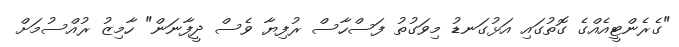
"ގެރެންޓީއެއްގެ ގޮތުގައި އަޅުގަނޑު މިވަގުތު ފަސްހާސް ރުފިޔާ ވެސް ދީފާނަން" ހާމިޒު ރުއްސުމަށް